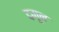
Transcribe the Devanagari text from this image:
दमून